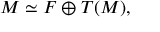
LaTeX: M \simeq F \oplus T ( M ) ,